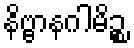
နိဗ္ဗာနဂါမိဉ္စ